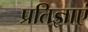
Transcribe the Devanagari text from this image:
प्रतिज्ञाएं